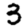
Digit: 3